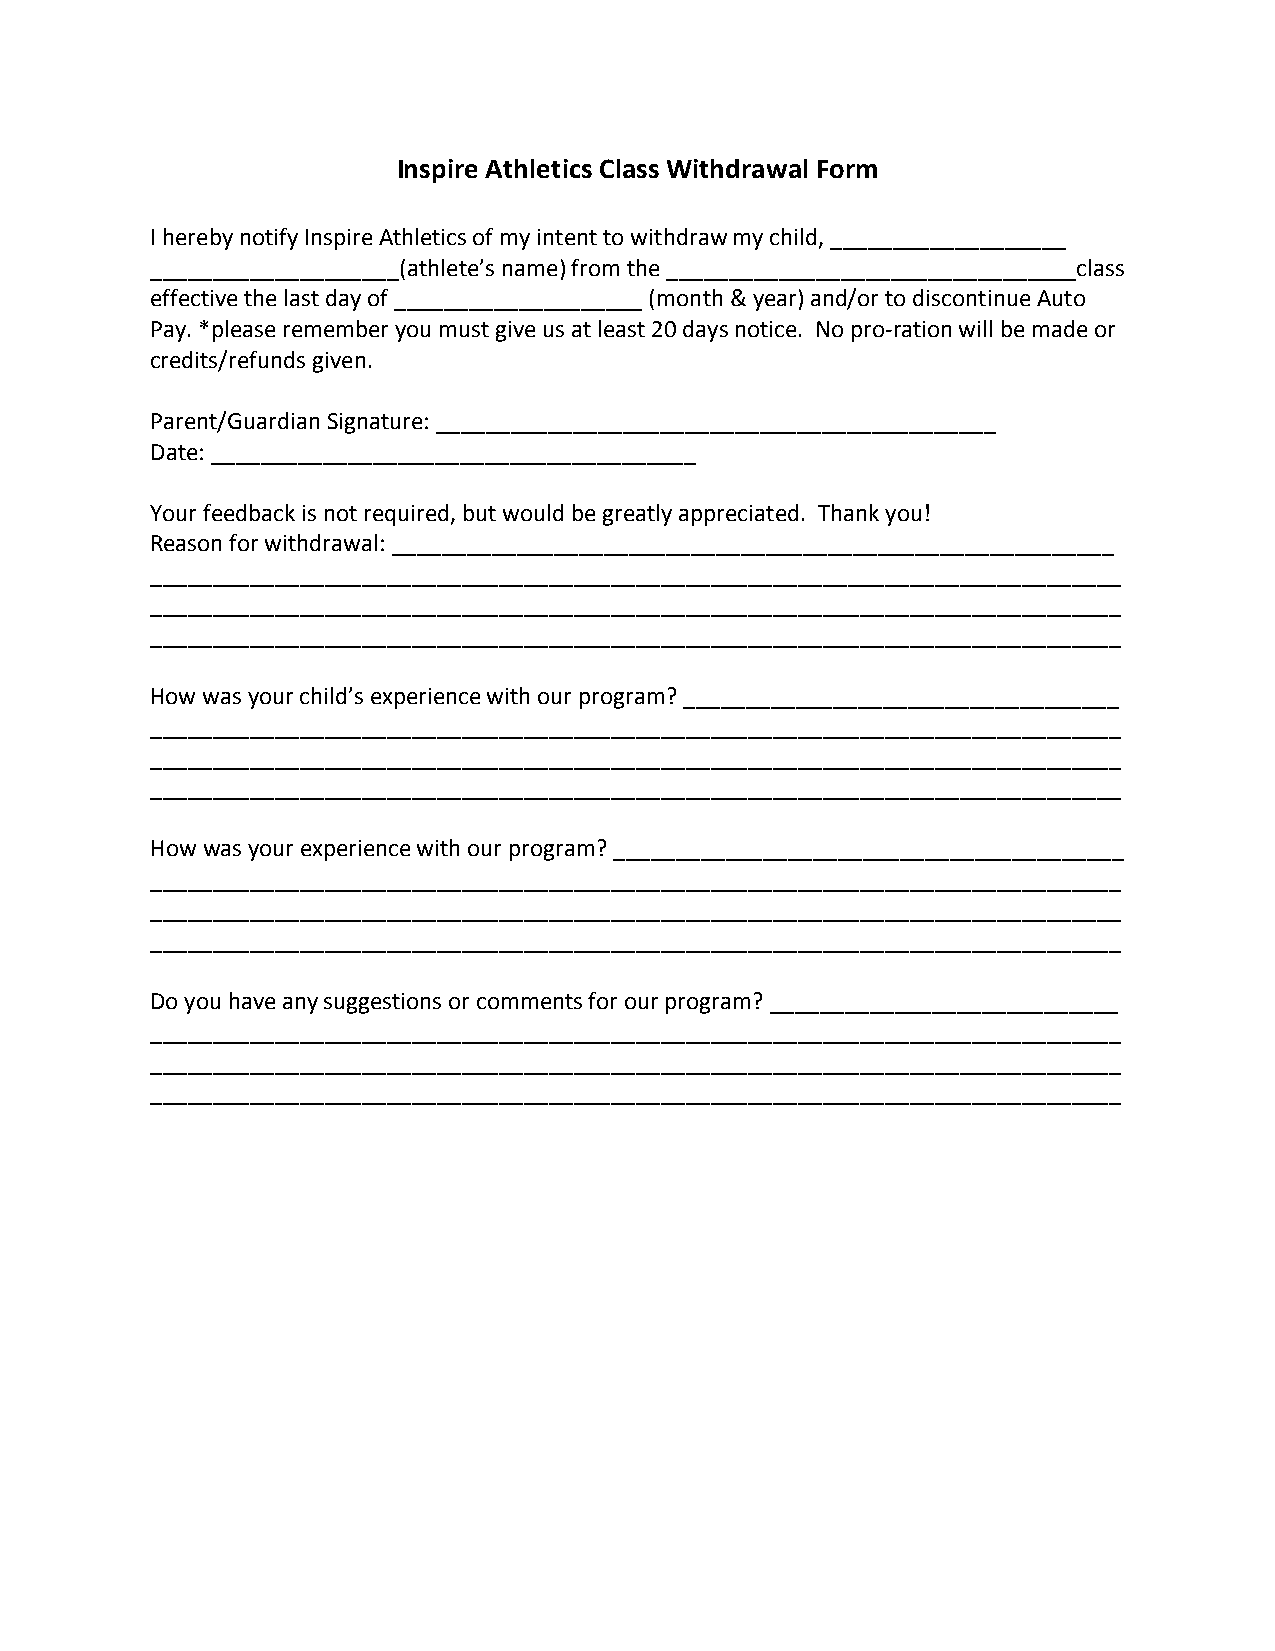
Inspire Athletics Class Withdrawal Form
 I hereby notify Inspire Athletics of my intent to withdraw my child, ___________________
 ____________________(athlete’s name) from the _________________________________class
 effective the last day of ____________________ (month & year) and/or to discontinue Auto
 Pay. *please remember you must give us at least 20 days notice. No pro-­‐ration will be made or
 credits/refunds given.
 Parent/Guardian Signature: _____________________________________________
 Date: _______________________________________
 Your feedback is not required, but would be greatly appreciated. Thank you!
 Reason for withdrawal: __________________________________________________________
 ______________________________________________________________________________
 ______________________________________________________________________________
 ______________________________________________________________________________
 How was your child’s experience with our program? ___________________________________
 ______________________________________________________________________________
 ______________________________________________________________________________
 ______________________________________________________________________________
 How was your experience with our program? _________________________________________
 ______________________________________________________________________________
 ______________________________________________________________________________
 ______________________________________________________________________________
 Do you have any suggestions or comments for our program? ____________________________
 ______________________________________________________________________________
 ______________________________________________________________________________
 ______________________________________________________________________________